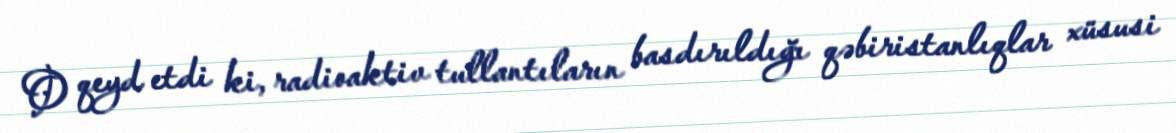
O qeyd etdi ki, radioaktiv tullantıların basdırıldığı qəbiristanlıqlar xüsusi